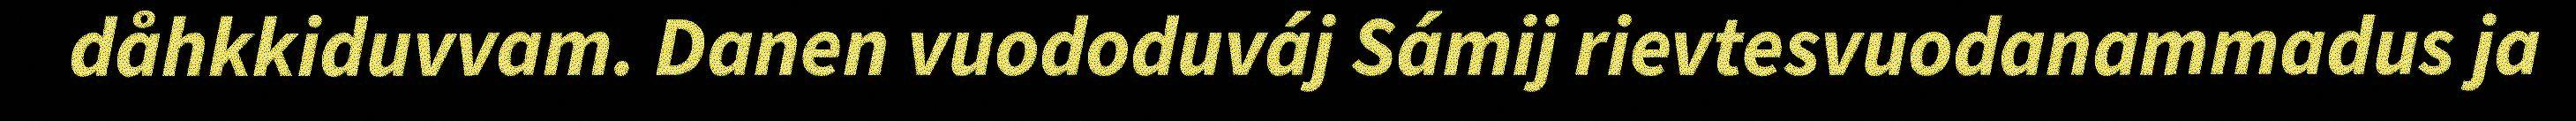
dåhkkiduvvam. Danen vuododuváj Sámij rievtesvuodanammadus ja